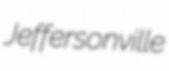
Jeffersonville